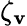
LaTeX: \zeta_{\mathbf{v}}